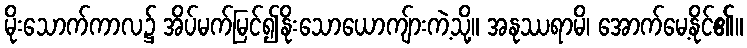
မိုးသောက်ကာလ၌ အိပ်မက်မြင်၍နိုးသောယောကျ်ားကဲ့သို့။ အနုဿရာမိ၊ အောက်မေ့နိုင်၏။